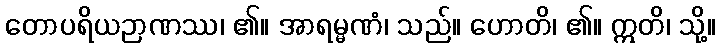
တောပရိယဉာဏဿ၊ ၏။ အာရမ္မဏံ၊ သည်။ ဟောတိ၊ ၏။ ဣတိ၊ သို့။